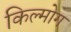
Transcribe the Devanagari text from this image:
किल्मोग